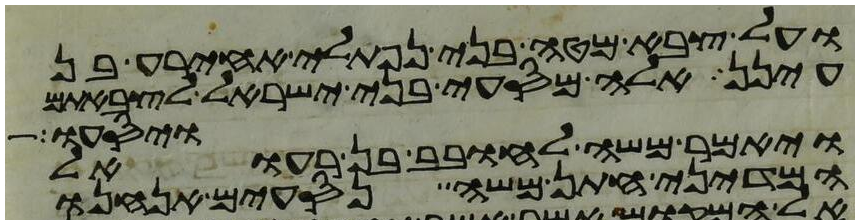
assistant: ועל צבא מטה בני נפתלי אחירע בן
עינן אלה מסעי בני ישראל לצבאתם
ויאמר משה לחובב בן רעואל
ויסעו
המדיני חתן משה נסעים אנחנו